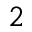
^ 2